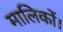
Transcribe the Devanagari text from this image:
मालिकों।